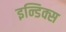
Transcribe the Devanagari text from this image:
इन्डिक्स